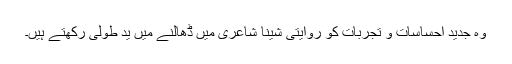
وہ جدید احساسات و تجربات کو روایتی شینا شاعری میں ڈھالنے میں یدِ طولیٰ رکھتے ہیں۔